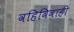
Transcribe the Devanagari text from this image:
वहिविवाही